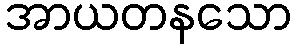
အာယတနသော